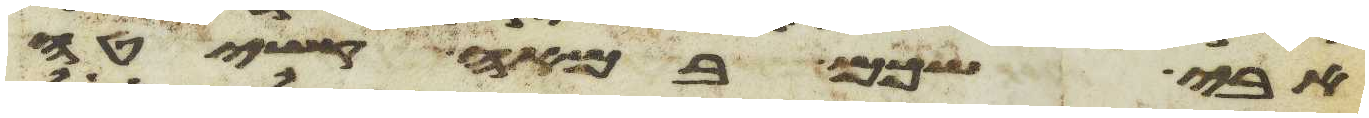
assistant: אבי שכם במאה קשיטה